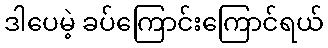
ဒါပေမဲ့ ခပ်ကြောင်းကြောင်ရယ်